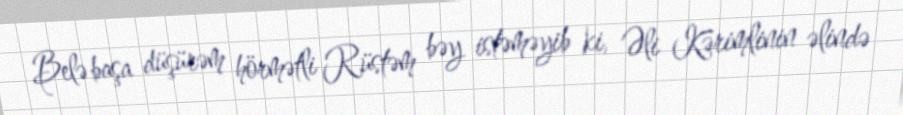
Belə başa düşürəm hörmətli Rüstəm bəy istəməyib ki, Əli Kərimlinin əlində